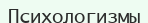
Психологизмы